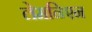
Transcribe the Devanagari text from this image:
लेमनिएन